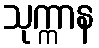
သုက္ကာန